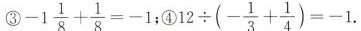
3.$$-1 \frac { 1 }{ 8 } + \frac { 1 } { 8 }